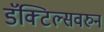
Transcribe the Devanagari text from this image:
डॅक्टिल्सवरुन